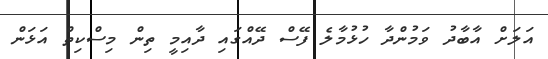
އަލަށް އާބާދު ވަމުންދާ ހުޅުމާލެ ފޭސް ދޭއްގައި ދާއިމީ ތިން މިސްކިތް އަޅަން